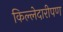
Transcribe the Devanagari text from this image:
किल्लेदारीपण